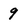
Character: 9